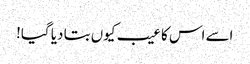
اسے اس کا عیب کیوں بتا دیا گیا!